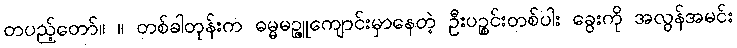
တပည့်တော်။ ။ တစ်ခါတုန်းက ဓမ္မမဉ္ဇူကျောင်းမှာနေတဲ့ ဦးပဉ္စင်းတစ်ပါး ခွေးကို အလွန်အမင်း